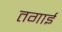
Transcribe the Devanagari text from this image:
तगाई